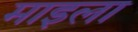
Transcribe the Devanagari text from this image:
माइला